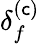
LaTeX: \delta_{f}^{(\mathsf{c})}